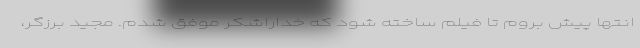
انتها پیش بروم تا فیلم ساخته شود که خداراشکر موفق شدم. مجید برزگر،